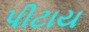
પીટાય